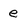
Character: e